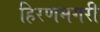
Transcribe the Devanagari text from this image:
हिरणमगरी